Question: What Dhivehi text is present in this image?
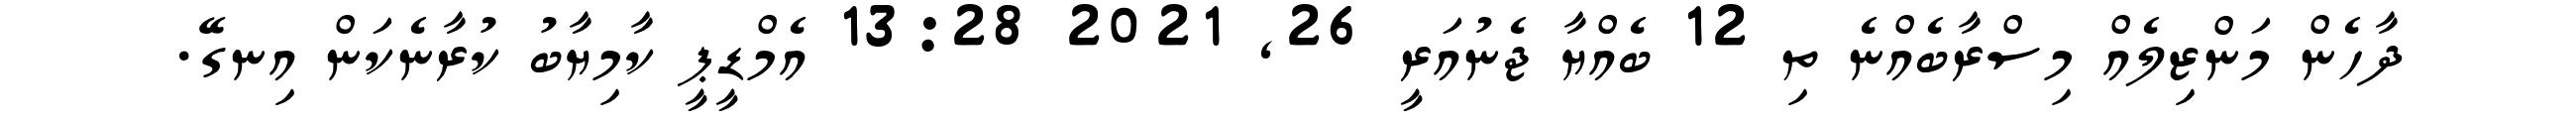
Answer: ދާހެން މަންޒިލެއް މިސްރާބެއްނެ ތި 12 ބެއްޔާ ޖެނުއަރީ 26, 2021 13:28 އެމްޑީޕީ ކާމިޔާބު ކުރާނެކަން އިނގޭ.